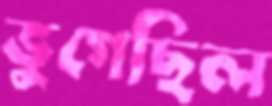
ভুগেছিল